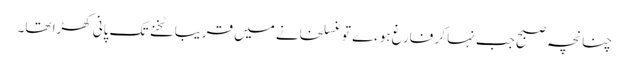
چنانچہ صبح جب نہا کر فارغ ہوءے تو غسلخانے میں قریبا ٹخنے تک پانی کھڑا تھا۔